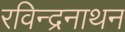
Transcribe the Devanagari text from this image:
रविन्द्रनाथन